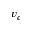
v _ { c }